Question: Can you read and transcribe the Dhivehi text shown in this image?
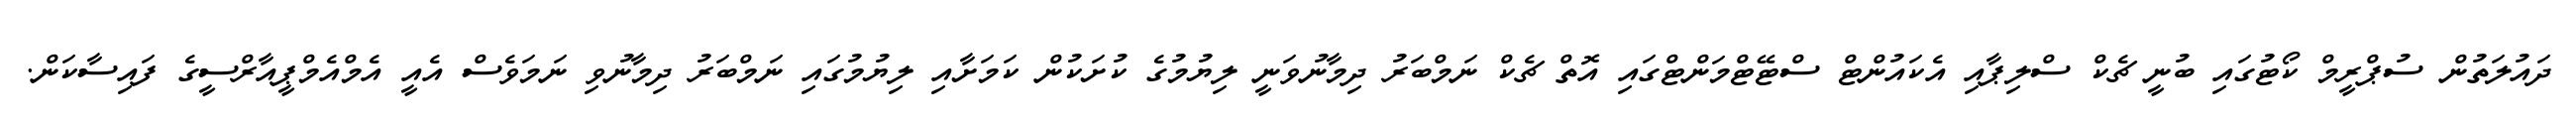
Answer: ދައުލަތުން ސުޕްރީމް ކޯޓުގައި ބުނީ ޗެކް ސްލިޕާއި އެކައުންޓް ސްޓޭޓްމަންޓްގައި އޮތް ޗެކް ނަމްބަރު ދިމާނުވަނީ ލިޔުމުގެ ކުށަކުން ކަމަށާއި ލިޔުމުގައި ނަމްބަރު ދިމާނުވި ނަމަވެސް އެއީ އެމްއެމްޕީއާރްސީގެ ފައިސާކަން.